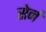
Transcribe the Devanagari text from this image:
सेनं